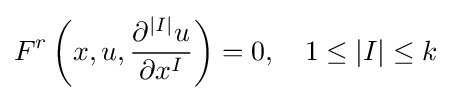
F^{r}\left(x,u,{\frac {\partial ^{|I|}u}{\partial x^{I}}}\right)=0,\quad 1\leq |I|\leq k